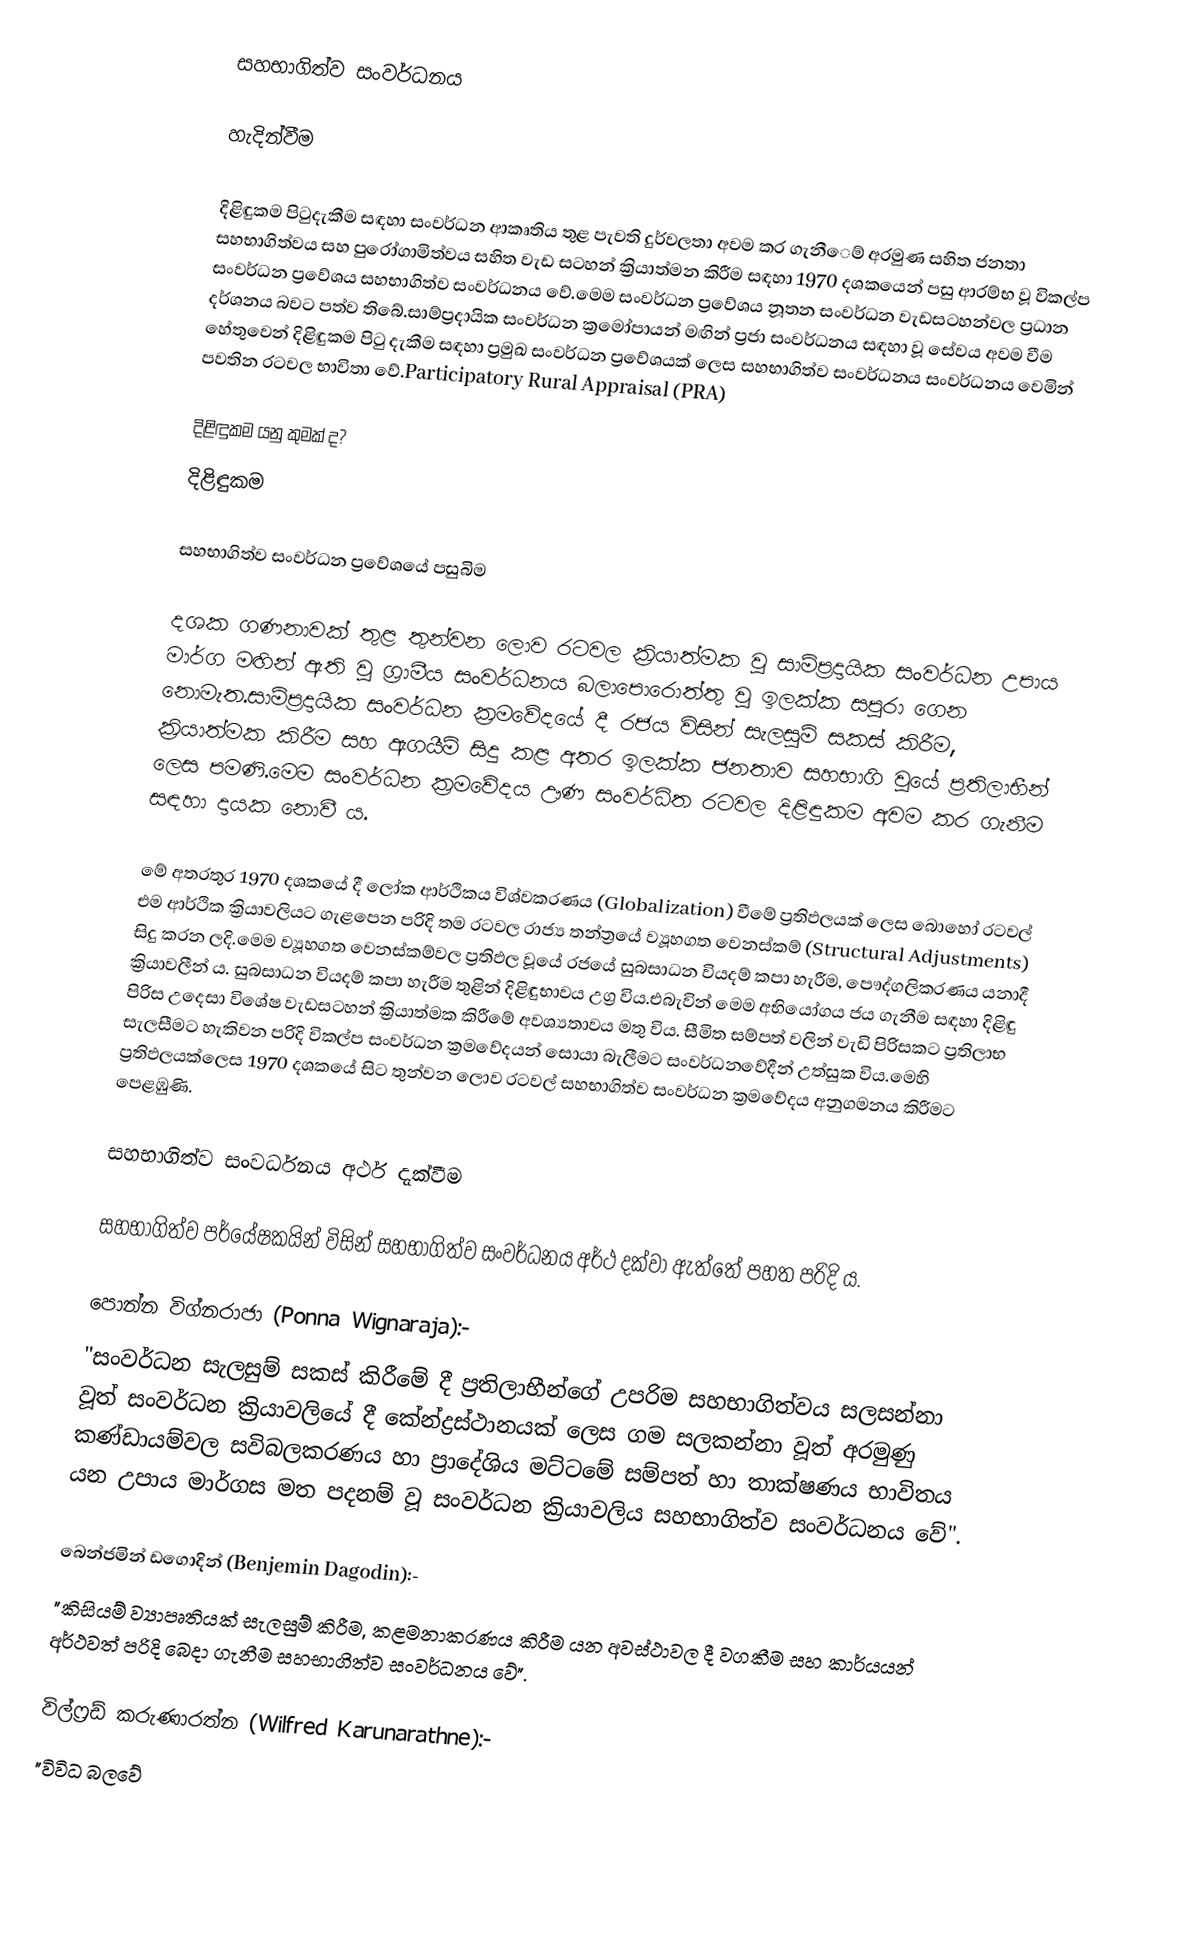
සහභාගිත්ව සංවර්ධනය

හැදින්වීම

දිළිඳුකම පිටුදැකීම සඳහා සංවර්ධන ආකෘතිය තුළ පැවති  දුර්වලතා අවම කර ගැනීෙම් අරමුණ සහිත ජනතා සහභාගිත්වය සහ පුරෝගාමිත්වය සහිත වැඩ සටහන් ක්‍රියාත්මන කිරීම සඳහා 1970 දශකයෙන් පසු ආරම්භ වූ විකල්ප සංවර්ධන ප්‍රවේශය සහභාගිත්ව සංවර්ධනය ‍වේ.මෙම සංවර්ධන ප්‍රවේශය නූතන සංවර්ධන වැඩසටහන්වල ප්‍රධාන දර්ශනය බවට පත්ව තිබේ.සාම්ප්‍රදායික සංවර්ධන ක්‍රමෝපායන් මඟින් ප්‍රජා සංවර්ධනය සඳහා වූ සේවය අවම වීම හේතුවෙන් දිළිඳුකම පිටු දැකීම සඳහා ප්‍රමුඛ සංවර්ධන ප්‍රවේශයක් ලෙස සහභාගිත්ව සංවර්ධනය සංවර්ධනය වෙමින් පවතින රටවල භාවිතා වේ.Participatory Rural Appraisal (PRA)

දිළිඳුකම යනු කුමක් ද?
දිළිඳුකම

සහභාගිත්ව සංවර්ධන ප්‍ර‍‍‍වේශයේ පසුබිම

දශක ගණනාවක් තුළ තුන්වන ලොව රටවල ක්‍රියාත්මක වූ  සාම්ප්‍රදායික සංවර්ධන උපාය මාර්ග මඟින් ඇති වූ ග්‍රාමීය සංවර්ධනය බලාපොරොත්තු වූ ඉලක්ක සපුරා ගෙන නොමැත.සාම්ප්‍රදායික සංවර්ධන ක්‍රමවේදයේ දී රජය විසින් සැලසුම් සකස් කිරීම‍‍, ක්‍රියාත්මක කිරීම සහ ඇගයීම් සිදු කළ අතර ඉලක්ක ජනතාව සහභාගි වූයේ ප්‍රතිලාභීන් ලෙස පමණි.මෙම සංවර්ධන ක්‍රමවේදය ඌණ සංවර්ධිත රටවල දිළිඳුකම අවම කර ගැනීම සඳහා දායක නොවී ය.

මේ අතරතුර 1970 දශකයේ දී ලෝක ආර්ථිකය විශ්වකරණය (Globalization) වීමේ ප්‍රතිඵලයක් ලෙස බොහෝ රටවල් එම ආර්ථික ක්‍රියාවලියට ගැළපෙන පරිදි තම රටවල රාජ්‍ය තන්ත්‍රයේ ව්‍යූහගත වෙනස්කම් (Structural Adjustments) සිදු කරන ලදි.මෙම ව්‍යූහගත වෙනස්කම්වල ප්‍රතිඵල වූයේ රජයේ සුබසාධන වියදම් කපා හැරීම, පෞද්ගලිකරණය යනාදී ක්‍රියාවලීන් ය.  සුබසාධන වියදම් කපා හැරීම තුළින් දිළිඳුභාවය උග්‍ර  විය.එබැවින් මෙම අභියෝගය ජය ගැනීම සඳහා දිළිඳු පිරිස උදෙසා විශේෂ වැඩසටහන් ක්‍රියාත්මක කිරීමේ අවශ්‍යතාවය මතු විය. සීමිත සම්පත් වලින් වැඩි පිරිසකට ප්‍රතිලාභ සැලසීමට හැකිවන පරිදි විකල්ප සංවර්ධන ක්‍රමවේදයන් සොයා බැලීමට සංවර්ධනවේදීන් උත්සුක විය.මෙහි ප්‍රතිඵලයක්ලෙස 1970 දශකයේ සිට තුන්වන ලොව රටවල් සහභාගිත්ව සංවර්ධන ක්‍රමවේදය අනුගමනය කිරීමට පෙළඹුණි.

සහභාගිත්ව සංවර්ධනය අර්ථ දැක්වීම

සහභාගිත්ව පර්යේෂකයින් විසින් සහභාගිත්ව සංවර්ධනය අර්ථ දක්වා ඇත්තේ පහත පරිදි ය.

පොන්න විග්නරාජා (Ponna  Wignaraja):-
"සංවර්ධන සැලසුම් සකස් කිරීමේ දී ප්‍රතිලාභීන්ගේ උපරිම සහභාගිත්වය සලසන්නා වූත් සංවර්ධන ක්‍රියාවලියේ දී කේන්ද්‍රස්ථානයක් ලෙස ගම සලකන්නා වූත් අරමුණු කණ්ඩායම්වල සවිබලකරණය හා ප්‍රාදේශිය මට්ටමේ සම්පත් හා තාක්ෂණය භාවිතය යන උපාය මාර්ගස මත පදනම් වූ සංවර්ධන ක්‍රියාවලිය සහභාගිත්ව සංවර්ධනය වේ".

බෙන්ජමින් ඩගොදින් (Benjemin Dagodin):-
"කිසියම් ව්‍යාපෘතියක් සැලසුම් කිරීම, කළමනාකරණය කිරීම යන අවස්ථාවල දී වගකීම සහ කාර්යයන් අර්ථවත් පරිදි බෙදා ගැනීම සහභාගිත්ව සංවර්ධනය වේ".

විල්ෆ්‍රඩ් කරුණාරත්න (Wilfred Karunarathne):-
"විවිධ බලවේ